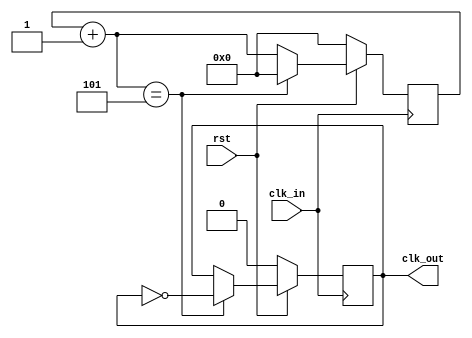
module Div_Freq(input clk_in,
                input rst,
                output reg clk_out);

  reg [3:0]cont;
 
  always@(posedge clk_in) begin
    cont = cont + 1'b1;

    if(cont == 5) begin // 50MHz/5 = 10MHz
      clk_out = ~clk_out;
      cont = '0;
    end
 
    if(~rst) begin
      cont = '0;
      clk_out = 1'b0;
    end
  end

endmodule